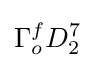
\Gamma _{o}^{f}D_{2}^{7}